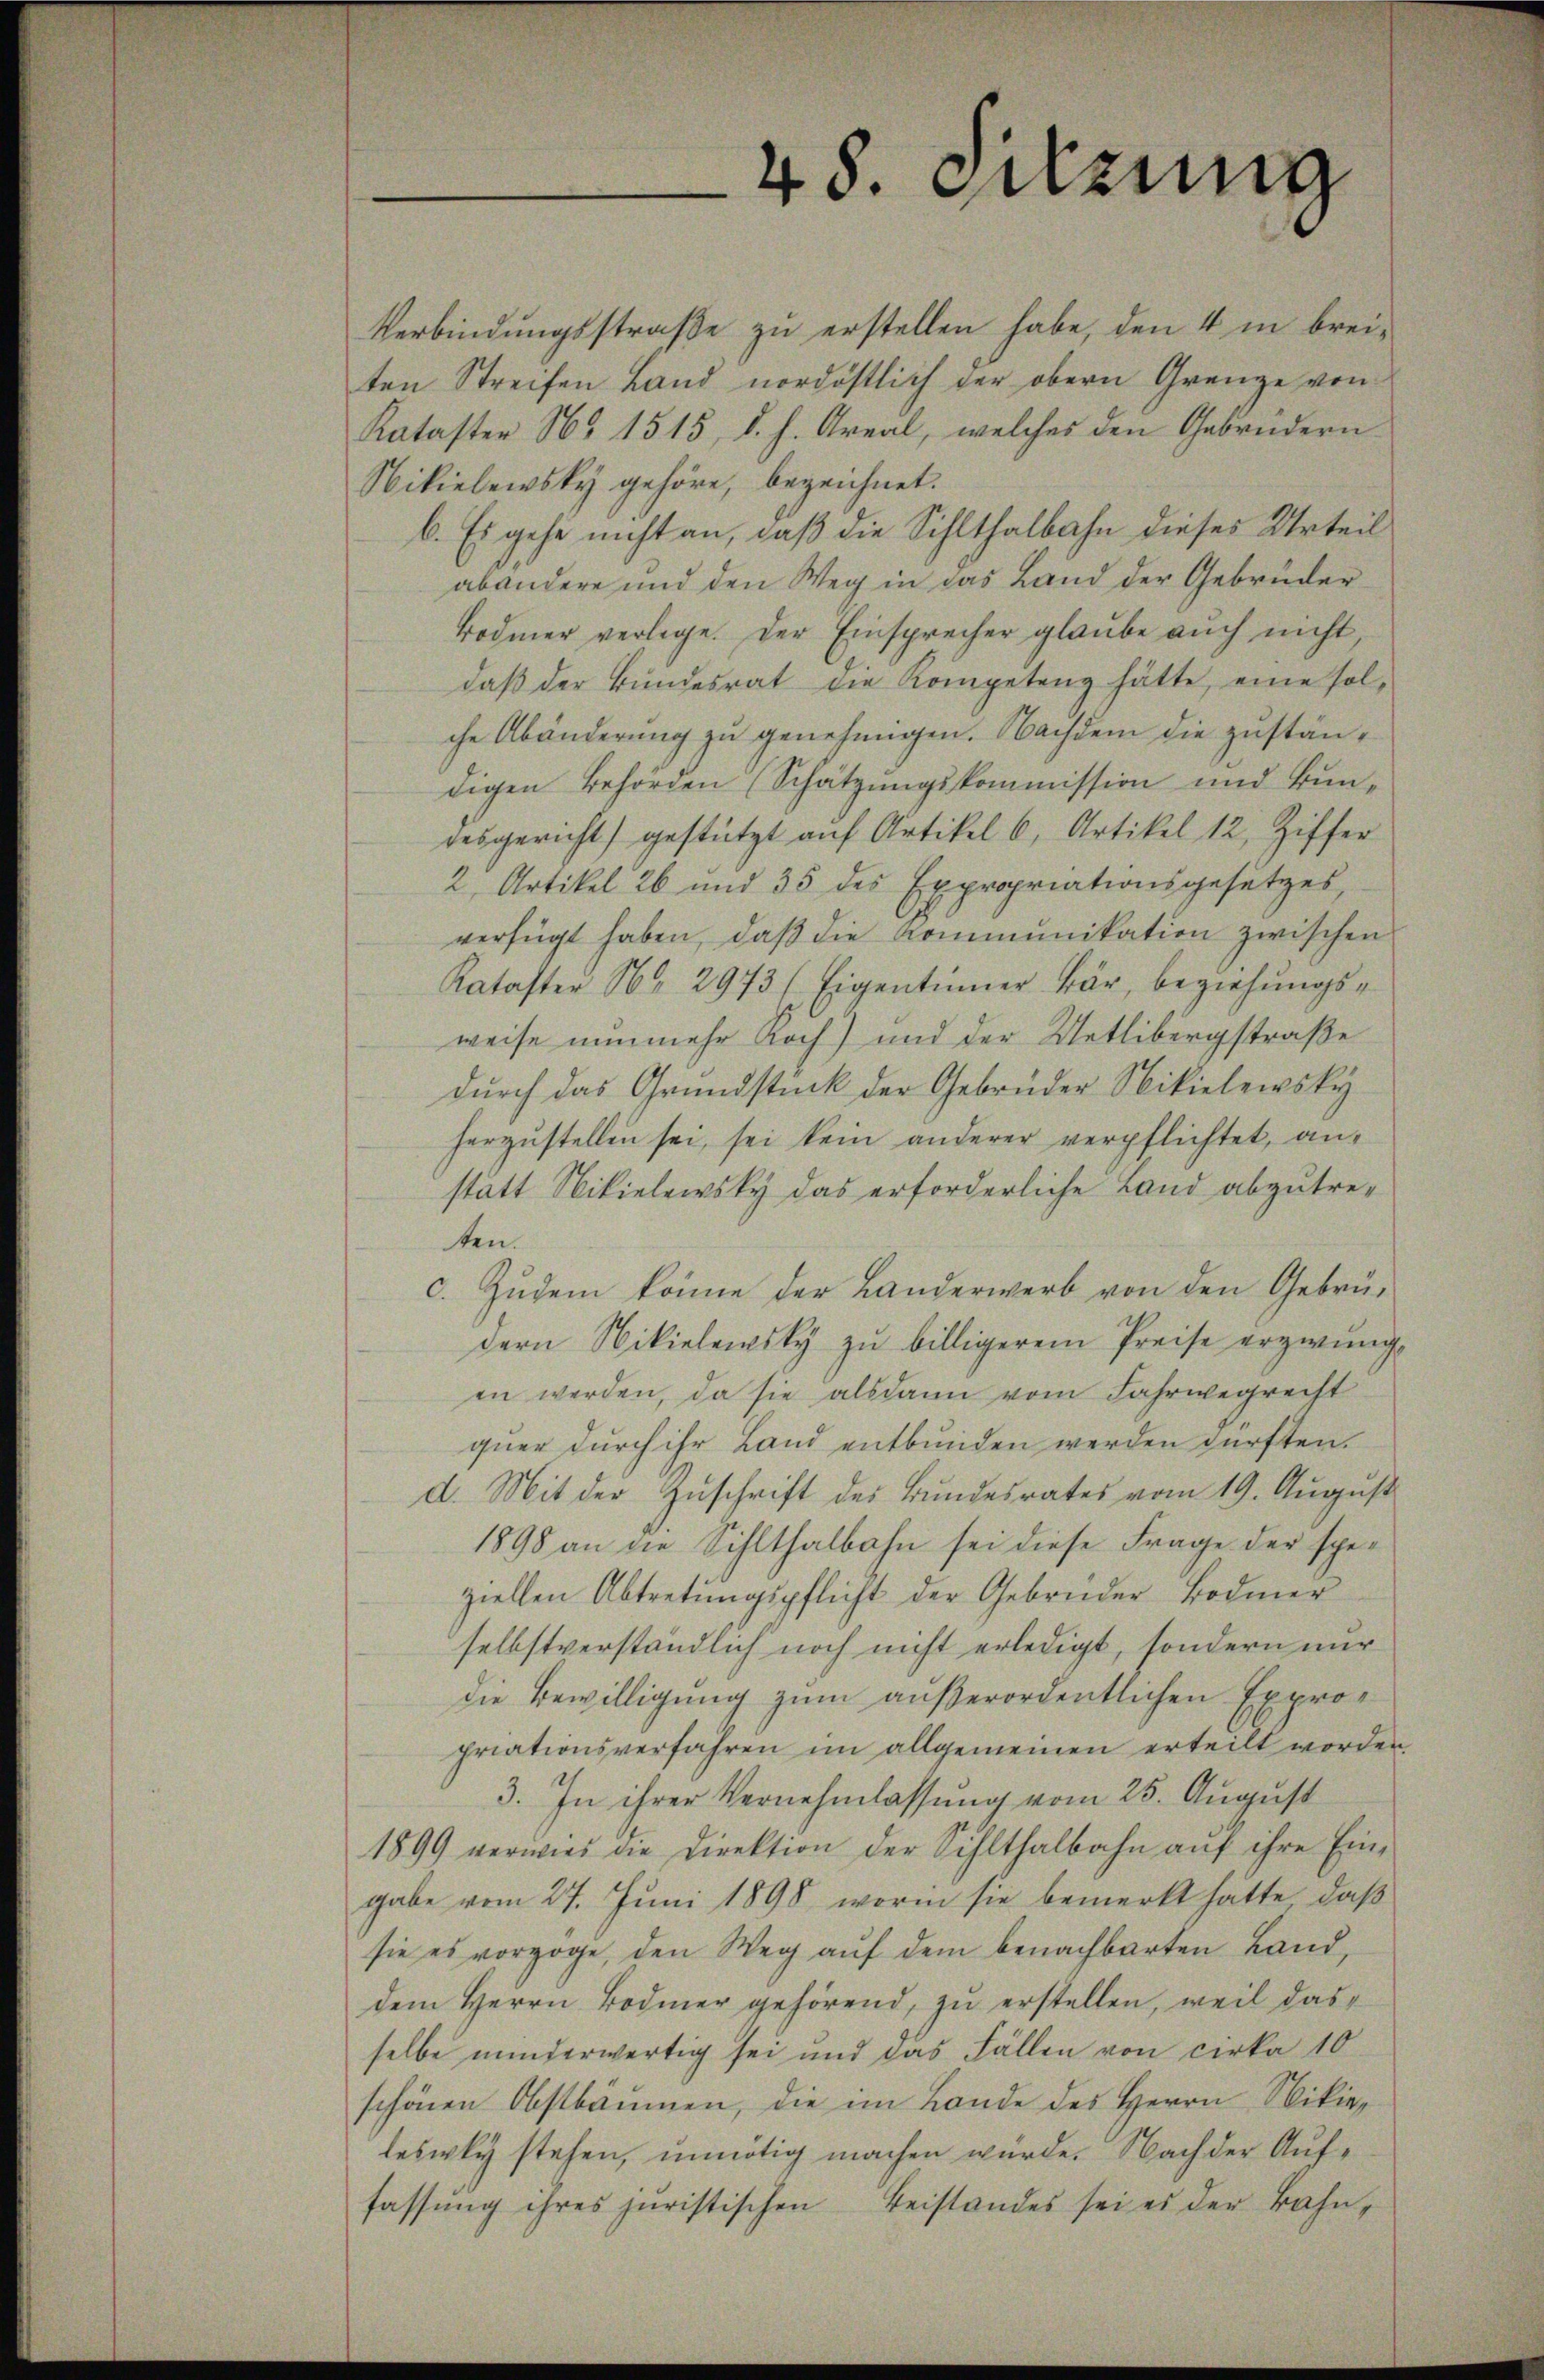
48. Setzung

Verbindungsstraße zu erstellen habe, den 4 in breiten Streifen Land nordöstlich der obern Grenze von
Kataster No 1515, d. h. Areal, welches den Gebrüdern
Nikielewsky gehöre, bezeichnet.
b. Es gehe nicht an, daß die Sihlthalbahn dieses Urteil
abandere und den Weg in das Land der Gebrüder
Bodmer verlege. Der Einsprecher glaube auch nicht
daß der Bundesrat die Kompetenz hätte, eine solche Abänderung zu genehmigen. Nachdem die zuständigen Behörden (Schätzungskommission und Bundesgericht) gestützt auf Artikel 6, Artikel 12, Ziffer
2 Artikel 26 und 35 des Expropriationsgesetzes,
verfügt haben, daβ die Kommunikation zwischen
Kataster Nr. 2973 (Eigentümer Bär, beziehungsweise nunmehr Koch) und der Uetlibergstraße
durch das Grundstück der Gebrüder Nikielewsky
herzustellen sei, sei kein anderer verpflichtet, anstatt Nikielewsky das erforderliche Land abzutretten.
c. Zŭdem könne der Landerwerb von den Gebrüdern Nikielewsky zu billigerem Preise erzwung
en werden, da sie alsdann vom Fahrwegrecht
quer durch ihr Land entbunden werden dürften.
d. Mit der Zuschrift des Bundesrates vom 19. August
1898 an die Sihlthalbahn sei diese Frage der speziellen Abtretungspflicht der Gebrüder Bodmer
selbstverständlich noch nicht erledigt, sondern nur
die Bewilligung zum außerordentlichen Expropriationsverfahren im allgemeinen erteilt worden
3. In ihrer Vernehmlassung vom 25. August
1899 verwies die Direktion der Sihlthalbahn auf ihre Eingabe vom 27. Juni 1898, worin sie bemerkt hätte, daß
sie es vorgoge, den Weg auf dem benachbarten Land,
dem Herrn Bodmer gehörend, zu erstellen, weil das
selbe minderwärtig sei und das Fällen von cirka 10
schönen Obstbäumen, die im Lande des Herrn Mikieleswy stehen, unnötig machen würde. Nach der Auffassŭng ihres juristischen Beistandes sei es der Bahn¬